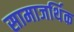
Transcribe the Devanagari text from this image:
सामाजर्थिक